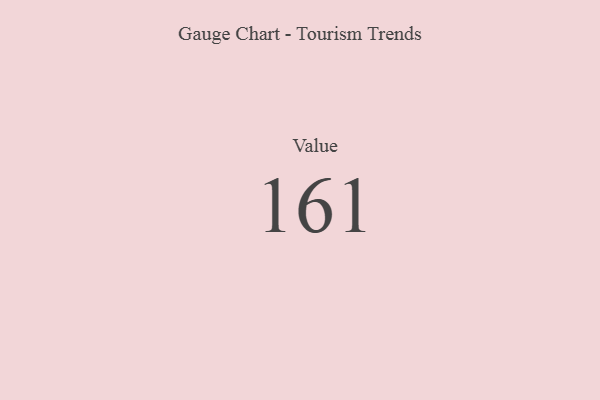
{"axis": {"x": "Metric", "y": "Value"}, "legend": [""], "data": [{"x": "Value", "y": 161, "type": ""}]}